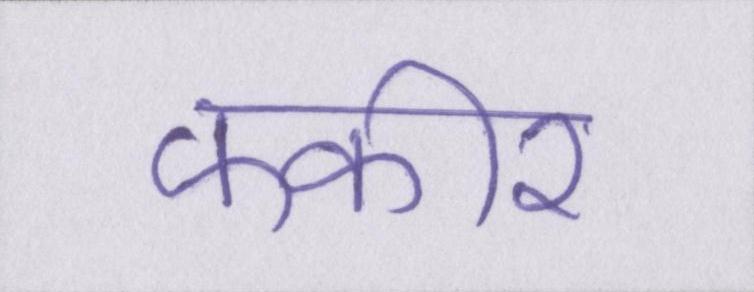
फकीर